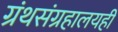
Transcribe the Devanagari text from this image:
ग्रंथसंग्रहालयही